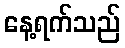
နေ့ရက်သည်